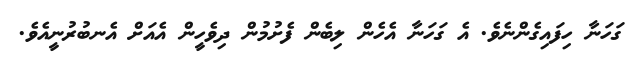
ގަހަނާ ހިފައިގެންނެވެ. އެ ގަހަނާ އެހެން ލިބެން ފެށުމުން ދިވެހީން އެއަށް އެނބުރުނީއެވެ.